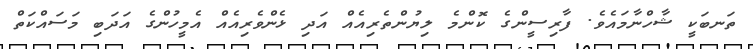
ތަނބަކީ ޝާހްނާމައެވެ. ފާރިސީންގެ ކޮންމެ ލިޔުންތެރިއެއް އަދި ޅެންވެރިއެއް އެމީހުންގެ އަދަބި މަސައްކަތް